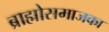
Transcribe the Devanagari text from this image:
ब्राह्मोसमाजका